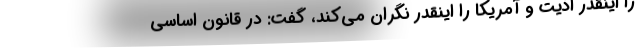
را اینقدر اذیت و آمریکا را اینقدر نگران می‌کند، گفت: در قانون اساسی